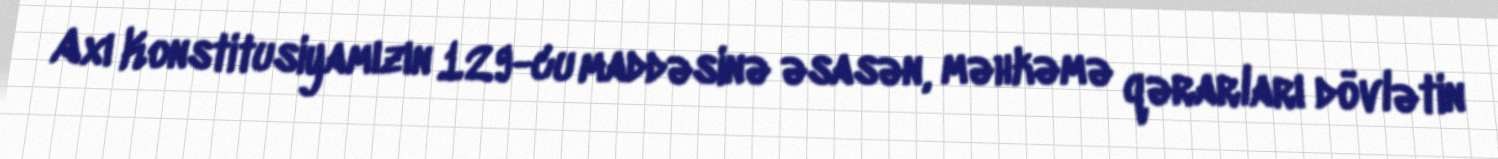
Axı Konstitusiyamızın 129-cu maddəsinə əsasən, məhkəmə qərarları dövlətin